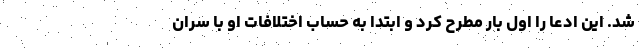
شد. این ادعا را اول بار مطرح کرد و ابتدا به حساب اختلافات او با سران